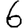
Digit: 6